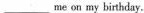
___ meon my birthday.